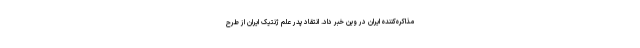
مذاکره‌کننده ایران در وین خبر داد. انتقاد پدر علم ژنتیک ایران از طرح